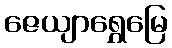
ဇေယျာရွှေမြေ